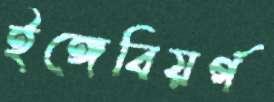
ইঙ্গেবিয়র্গ